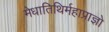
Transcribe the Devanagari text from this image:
मेधातिथिर्महाप्राज्ञो